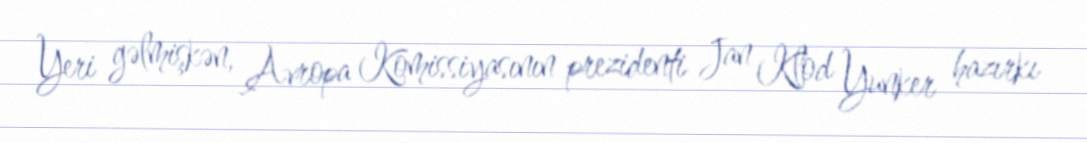
Yeri gəlmişkən, Avropa Komissiyasının prezidenti Jan Klod Yunker hazırkı